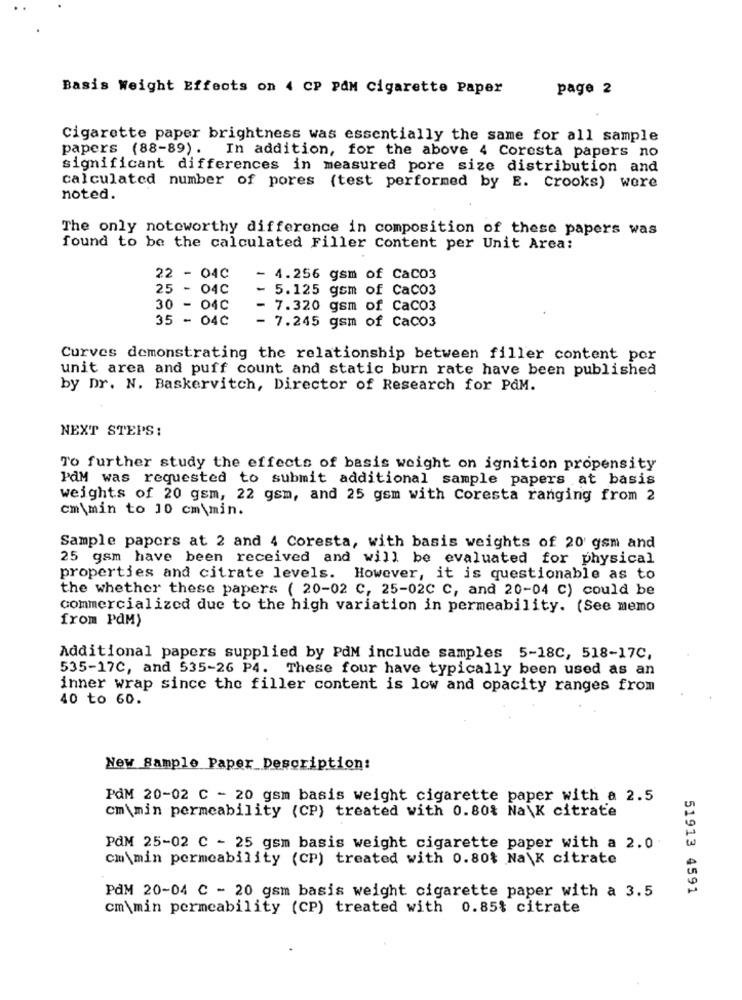
Basis Weight Effects on 4 CP PAM Cigarette Paper
page 2
Cigarette paper brightness was essentially the same for all sample
papers (88-89). In addition, for the above 4 Coresta papers no
significant differences in measured pore size distribution and
calculated number of pores (test performed by E. Crooks) were
noted.
The only noteworthy difference in composition of these papers was
found to be the calculated Filler Content per Unit Area:
22 - 04C
- 4.256 gsm of CaC03
25 - 04C
- 5.125 gsm of Caco3
30 - 04C
7.320 gsm of CaC03
35 - 04C
7.245 gsm of CaCO3
Curves demonstrating the relationship between filler content por
unit area and puff count and static burn rate have been published
by Dr. N. Baskervitch, Director of Research for PAM.
NEXT STEPS:
To further study the effects of basis weight on ignition propensity
PdM was requested to submit additional sample papers at basis
weights of 20 gsm, 22 gsm, and 25 gsm with Coresta ranging from 2
cm\min to 10 cm\min.
Sample papers at 2 and 4 Coresta, with basis weights of 20' gsm and
25 gsm have been received and will be evaluated for physical
properties and citrate levels. However, it is questionable as to
the whether these papers ( 20-02 C, 25-02C C, and 20-04 C) could be
commercialized due to the high variation in permeability. (See memo
from PdM)
Additional papers supplied by PdM include samples 5-18C, 518-17C,
535-17C, and 535-26 P4. These four have typically been used as an
inner wrap since the filler content is low and opacity ranges from
40 to 60.
New Sample Paper_Description:
PdM 20-02 C - 20 gsm basis weight cigarette paper with a 2.5
cm\min permeability (CP) treated with 0.80% Na\K citrate
PAM 25-02 C - 25 gsm basis weight cigarette paper with a 2.0
cm\min permeability (CP) treated with 0.80% Na\K citrate
51913 4591
PAM 20-04 C - 20 gsm basis weight cigarette paper with a 3.5
cm\min permeability (CP) treated with 0.85% citrate